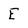
Character: E